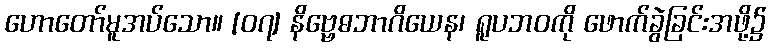
ဟောတော်မူအပ်သော။ [၀၇] နိဗ္ဗေဓဘာဂိယေန၊ ရူပဘဝကို ဖောက်ခွဲခြင်းအဖို့၌